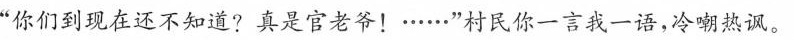
”你们到现在还不知道?真是官老爷！……”村民你一言我一语，冷嘲热讽。